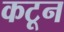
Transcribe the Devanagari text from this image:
कटून